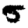
Digit: 5